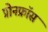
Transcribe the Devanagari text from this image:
प्रोनफ्रॉस